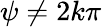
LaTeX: \psi\neq 2k\pi